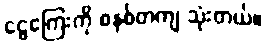
ငွေကြေးကို စနစ်တကျ သုံးတယ်။